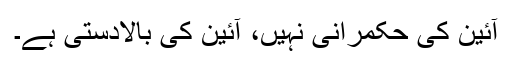
آئین کی حکمرانی نہیں، آئین کی بالادستی ہے۔